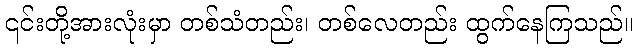
၎င်းတို့အားလုံးမှာ တစ်သံတည်း၊ တစ်လေတည်း ထွက်နေကြသည်။